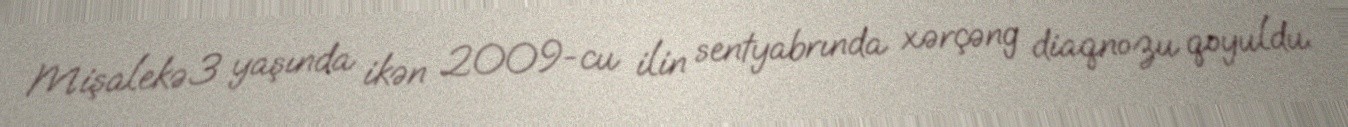
Mişalekə 3 yaşında ikən 2009-cu ilin sentyabrında xərçəng diaqnozu qoyuldu.